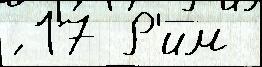
́ 17 Р'им